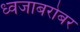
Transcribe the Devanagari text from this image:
ध्वजाबरोबर